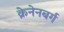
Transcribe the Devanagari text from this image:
क्रेनेनबर्ग